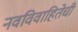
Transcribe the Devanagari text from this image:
नवविवाहितेची